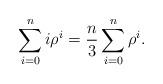
LaTeX: \begin{align*}\sum_{i=0}^n i\rho^i = \frac{n}{3}\sum_{i=0}^n \rho^i.\end{align*}